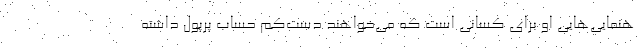
هنمایی‌هایی او برای کسانی است که می‌خواهند دست‌کم حساب پرپول داشته